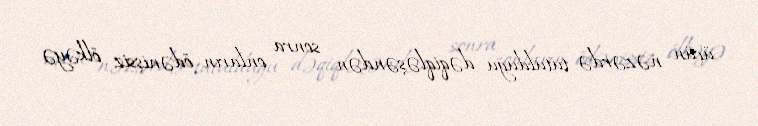
üçün nəzərdə tutulduğu dəqiqləşəndən sonra onların ödənişsiz ölkəyə